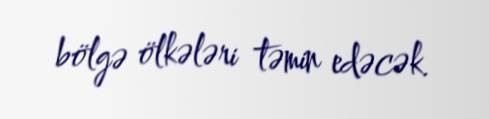
bölgə ölkələri təmin edəcək.